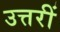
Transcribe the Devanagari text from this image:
उत्तरीं